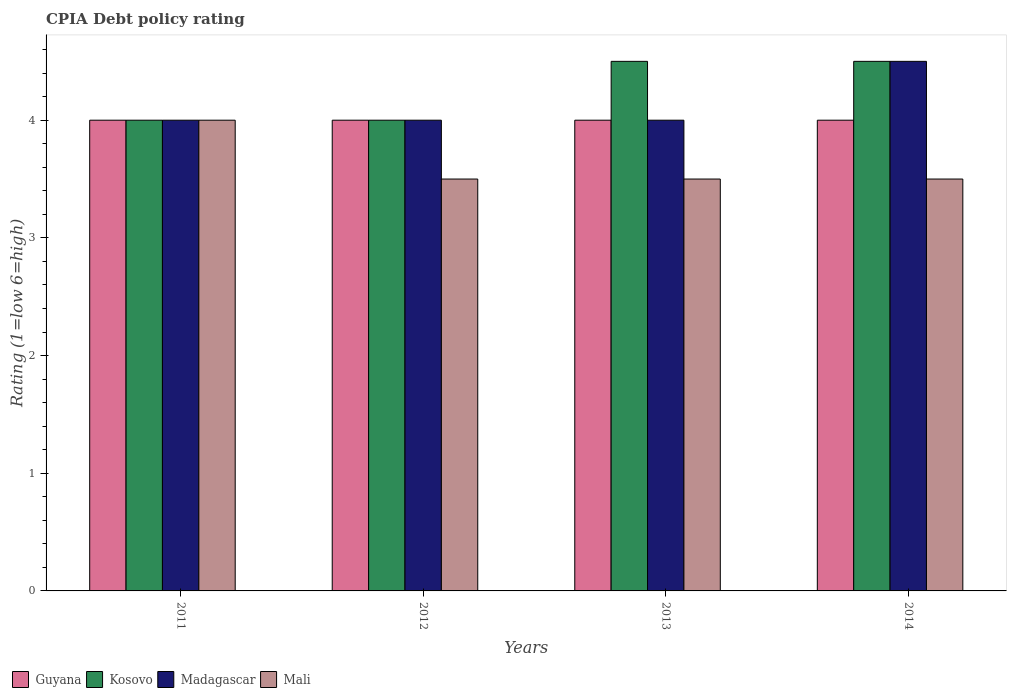
| Years | Guyana | Kosovo | Madagascar | Mali |
 | --- | --- | --- | --- | --- |
 | 2011 | 4 | 4 | 4 | 4 |
 | 2012 | 4 | 4 | 4 | 3.5 |
 | 2013 | 4 | 4.5 | 4 | 3.5 |
 | 2014 | 4 | 4.5 | 4.5 | 3.5 |